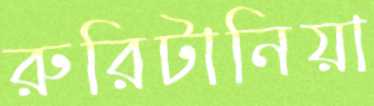
রুরিটানিয়া